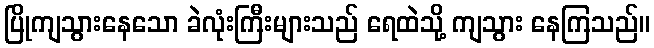
ပြိုကျသွားနေသော ခဲလုံးကြီးများသည် ရေထဲသို့ ကျသွား နေကြသည်။